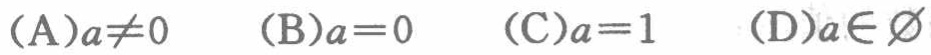
(A)$a\neq0$  (B)$a = 0$  (C)$a = 1$  (D)$a\in\varnothing$